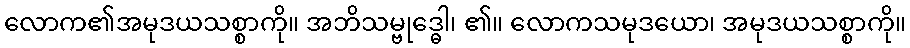
လောက၏အမုဒယသစ္စာကို။ အဘိသမ္ဗုဒ္ဓေါ၊ ၏။ လောကသမုဒယော၊ အမုဒယသစ္စာကို။